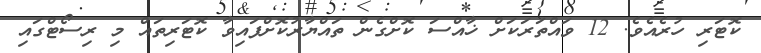
ކޮޓަރި ހުރެއެވެ. 12 ވައްތަރަކަށް ޚާއްސަ ކޮށްގެން ތައްޔާރުކޮށްފައިވާ ކޮޓަރިތައް މި ރިސޯޓްގައި